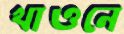
খাওনে